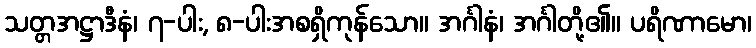
သတ္တအဋ္ဌာဒီနံ၊ ၇-ပါး, ၈-ပါးအစရှိကုန်သော။ အင်္ဂါနံ၊ အင်္ဂါတို့၏။ ပရိဏာမော၊